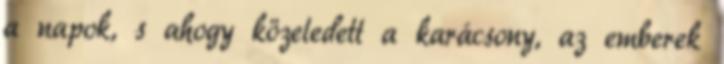
a napok, s ahogy közeledett a karácsony, az emberek